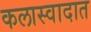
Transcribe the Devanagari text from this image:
कलास्वादात